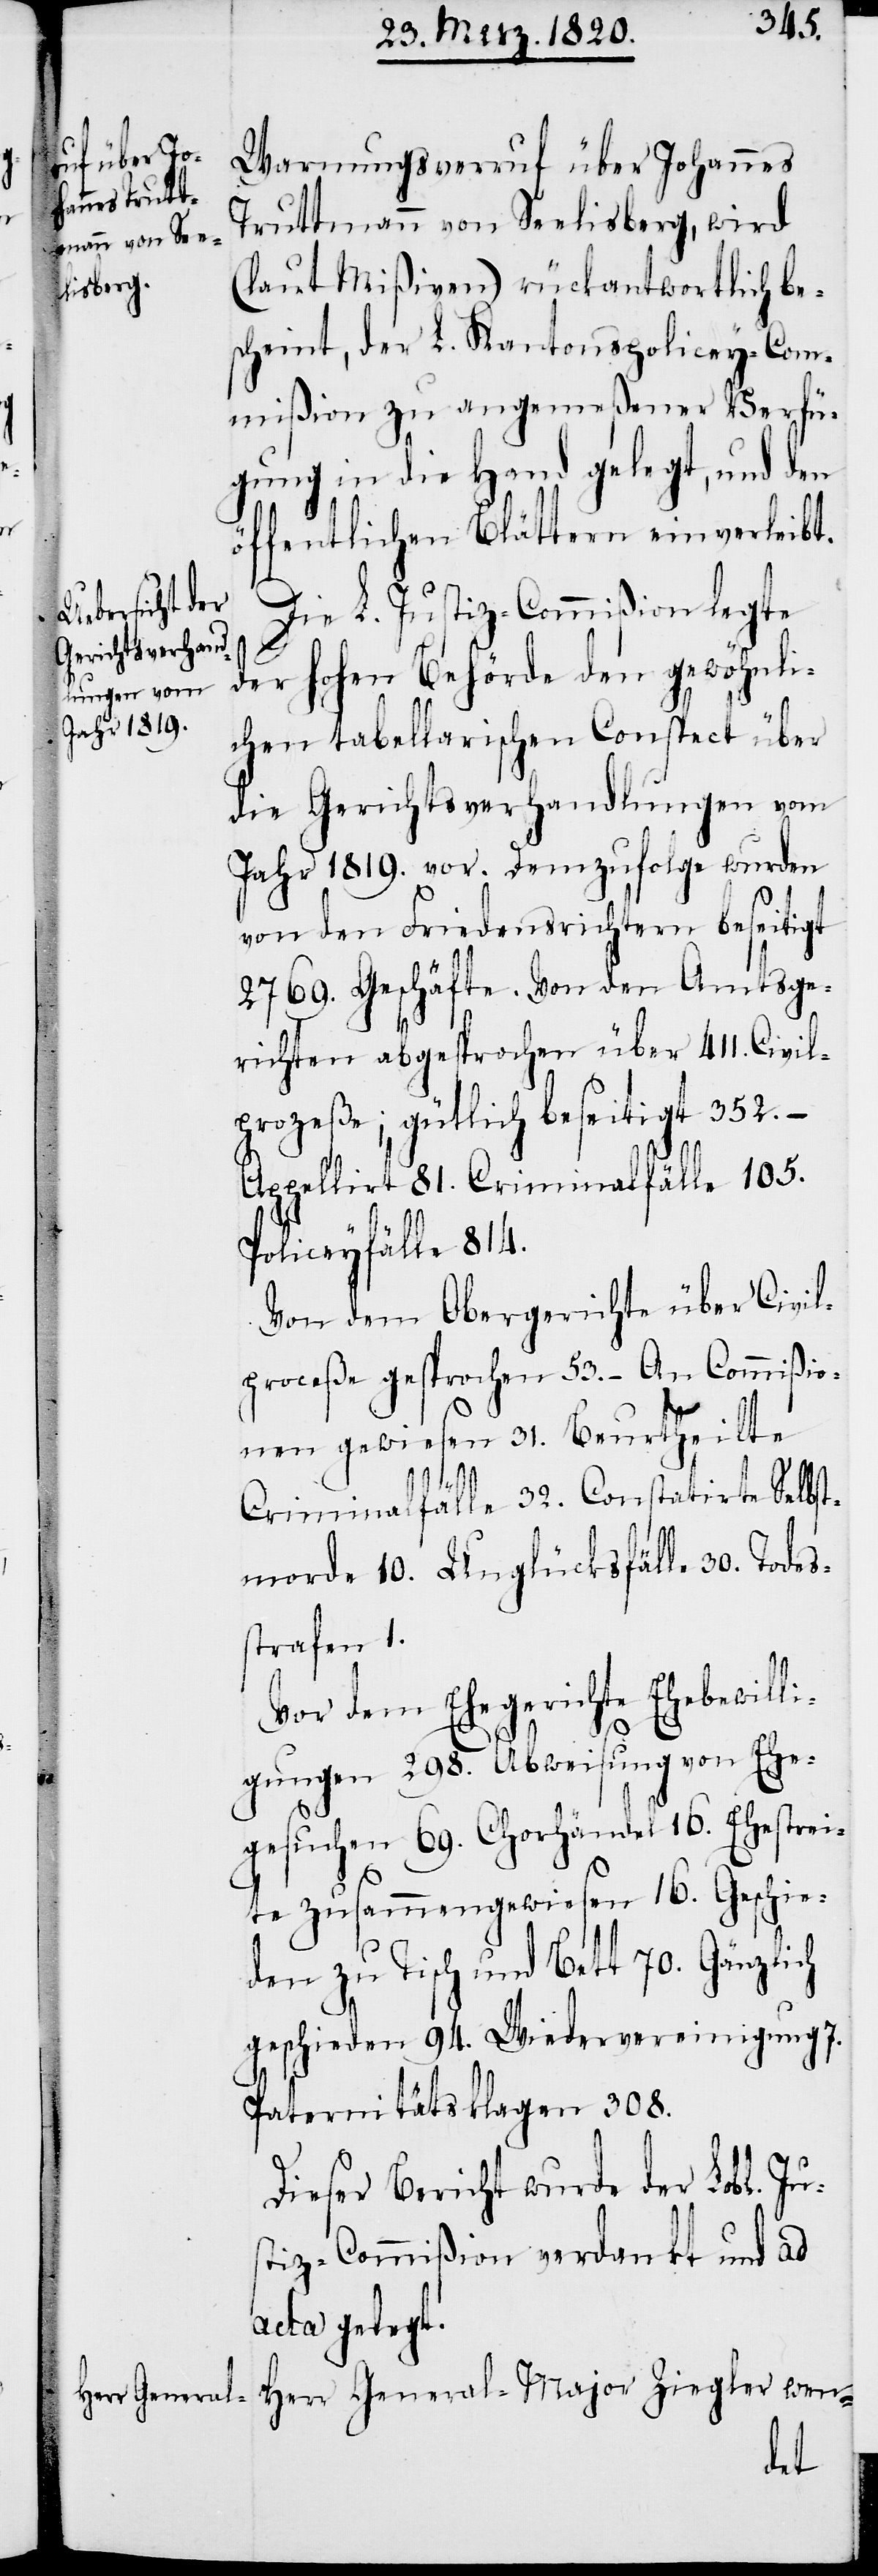
Warnungsverruf über Johannes
Truttmann von Seelisberg, wird
(laut Mißiven) rückantwortlich be¬
scheint, der L. Kantonspolicey-Com¬
mißion zu angemeßener Verfü¬
gung in die Hand gelegt, und den
öffentlichen Blättern einverleibt.
Die L. Justiz-Commißion legte
der hohen Behörde den gewöhnli¬
chen tabellarischen Conspect über
die Gerichtsverhandlungen vom
Jahr 1819. vor. Demzufolge wurden
von den Friedensrichtern beseitigt
2769. Geschäfte. Von den Amtsge¬
richten abgesprochen über 411. Civil¬
prozeße; gütlich beseitigt 352. –
Appellirt 81. Criminalfälle 105.
Policeyfälle 814.
Von dem Obergerichte über Civil¬
proceße gesprochen 53. – An Commißio¬
nen gewiesen 31. Beurtheilte
Criminalfälle 32. Constatirte Selbst¬
morde 10. Unglücksfälle 30. Todes¬
strafen 1.
Vor dem Ehegerichte Ehebewilli¬
gungen 298. Abweisung von Ehe¬
gesuchen 69. Chorhändel 16. Ehestrei¬
te zusammengewiesen 16. Geschie¬
den zu Tisch und Bett 70. Gänzlich
geschieden 94. Wiedervereinigung 7.
Paternitätsklagen 308.
Dieser Bericht wurde der Lobl. Jus¬
tiz-Commißion verdankt und ad
acta gelegt.
Herr General-Major Ziegler wen-